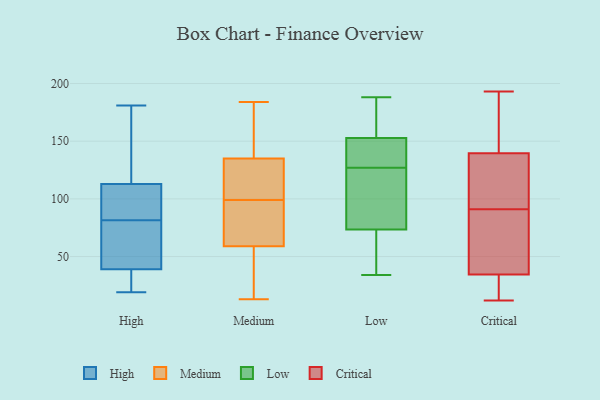
{"axis": {"x": "Conversion Rate (%)", "y": "Value"}, "legend": ["Critical", "High", "Low", "Medium"], "data": [{"x": "", "y": 97, "type": "High"}, {"x": "", "y": 75, "type": "High"}, {"x": "", "y": 105, "type": "High"}, {"x": "", "y": 47, "type": "High"}, {"x": "", "y": 173, "type": "High"}, {"x": "", "y": 22, "type": "High"}, {"x": "", "y": 181, "type": "High"}, {"x": "", "y": 121, "type": "High"}, {"x": "", "y": 68, "type": "High"}, {"x": "", "y": 31, "type": "High"}, {"x": "", "y": 19, "type": "High"}, {"x": "", "y": 88, "type": "High"}, {"x": "", "y": 173, "type": "Medium"}, {"x": "", "y": 162, "type": "Medium"}, {"x": "", "y": 125, "type": "Medium"}, {"x": "", "y": 71, "type": "Medium"}, {"x": "", "y": 105, "type": "Medium"}, {"x": "", "y": 99, "type": "Medium"}, {"x": "", "y": 24, "type": "Medium"}, {"x": "", "y": 46, "type": "Medium"}, {"x": "", "y": 150, "type": "Medium"}, {"x": "", "y": 73, "type": "Medium"}, {"x": "", "y": 145, "type": "Medium"}, {"x": "", "y": 13, "type": "Medium"}, {"x": "", "y": 99, "type": "Medium"}, {"x": "", "y": 55, "type": "Medium"}, {"x": "", "y": 100, "type": "Medium"}, {"x": "", "y": 184, "type": "Medium"}, {"x": "", "y": 26, "type": "Medium"}, {"x": "", "y": 97, "type": "Medium"}, {"x": "", "y": 63, "type": "Medium"}, {"x": "", "y": 105, "type": "Medium"}, {"x": "", "y": 56, "type": "Low"}, {"x": "", "y": 159, "type": "Low"}, {"x": "", "y": 39, "type": "Low"}, {"x": "", "y": 165, "type": "Low"}, {"x": "", "y": 127, "type": "Low"}, {"x": "", "y": 140, "type": "Low"}, {"x": "", "y": 188, "type": "Low"}, {"x": "", "y": 157, "type": "Low"}, {"x": "", "y": 66, "type": "Low"}, {"x": "", "y": 96, "type": "Low"}, {"x": "", "y": 100, "type": "Low"}, {"x": "", "y": 137, "type": "Low"}, {"x": "", "y": 129, "type": "Low"}, {"x": "", "y": 122, "type": "Low"}, {"x": "", "y": 34, "type": "Low"}, {"x": "", "y": 12, "type": "Critical"}, {"x": "", "y": 193, "type": "Critical"}, {"x": "", "y": 16, "type": "Critical"}, {"x": "", "y": 180, "type": "Critical"}, {"x": "", "y": 38, "type": "Critical"}, {"x": "", "y": 31, "type": "Critical"}, {"x": "", "y": 188, "type": "Critical"}, {"x": "", "y": 49, "type": "Critical"}, {"x": "", "y": 94, "type": "Critical"}, {"x": "", "y": 94, "type": "Critical"}, {"x": "", "y": 99, "type": "Critical"}, {"x": "", "y": 88, "type": "Critical"}]}